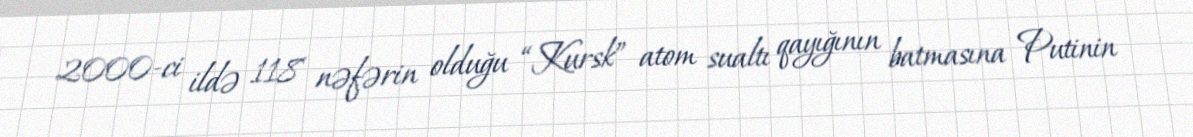
2000-ci ildə 118 nəfərin olduğu “Kursk” atom sualtı qayığının batmasına Putinin